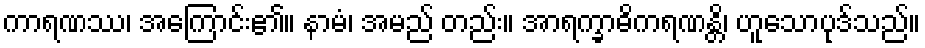
ကာရဏဿ၊ အကြောင်း၏။ နာမံ၊ အမည် တည်း။ အာရက္ခာဓိကရဏန္တိ၊ ဟူသောပုဒ်သည်။